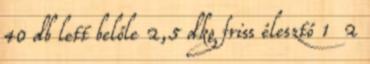
40 db lett belőle 2,5 dkg friss élesztő 1 2